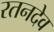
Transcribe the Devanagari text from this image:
रतनदेव